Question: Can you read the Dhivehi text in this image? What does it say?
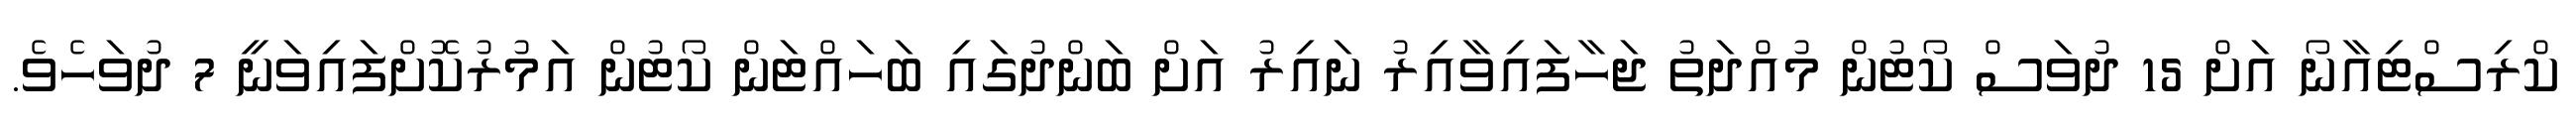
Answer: ކްރިސްޓިއާނޯ އަށް 15 ދުވަސް ކޯޓުން މުއްދަތު ޖަހާފައިވާއިރު ނައިރު އަށް ބަންދުގައި ބަހައްޓަން ކޯޓުން އަމުރުކޮށްފައިވަނީ 7 ދުވަހެވެ.